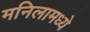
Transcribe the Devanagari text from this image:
मनिलामध्ये